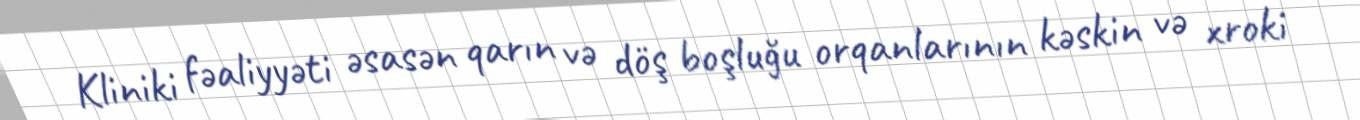
Kliniki fəaliyyəti əsasən qarın və döş boşluğu orqanlarının kəskin və xroki